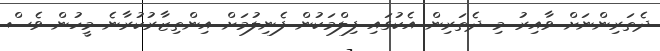
ދެތަރިންނަށް ވާއިރު މި ދެތަރިން އެކުގައި ފިލްމަކުން ފެނިލުމަށް އިންތިޒާރުކުރާނެ މީހުން ވެސް